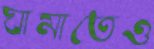
ঘামাতেও